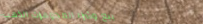
بيع وشراء المجوهرات الذهب